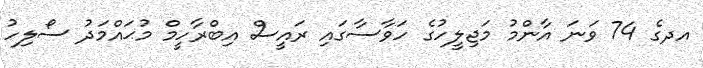
އދގެ 74 ވަނަ އާންމު މަޖިލީހުގެ ހަވާސާގައި ރައީސް އިބްރާހީމް މުޙައްމަދު ސޯލިހު